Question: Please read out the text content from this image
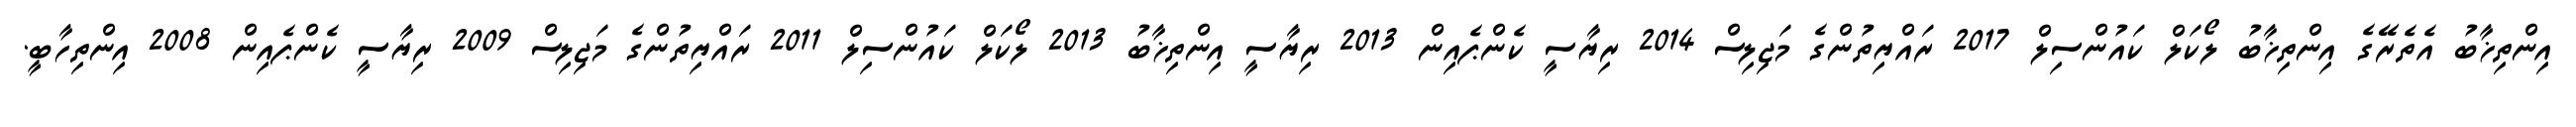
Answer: އިންތިޚާބު އެތެރޭގެ އިންތިޚާބު ލޯކަލް ކައުންސިލް 2017 ރައްޔިތުންގެ މަޖިލިސް 2014 ރިޔާސީ ކެންޕެއިން 2013 ރިޔާސީ އިންތިޚާބު 2013 ލޯކަލް ކައުންސިލް 2011 ރައްޔިތުންގެ މަޖިލިސް 2009 ރިޔާސީ ކެންޕެއިން 2008 އިންތިހާބީ.